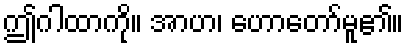
ဤဂါထာကို။ အာဟ၊ ဟောတော်မူ၏။